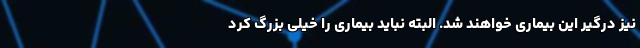
نیز درگیر این بیماری خواهند شد. البته نباید بیماری را خیلی بزرگ کرد